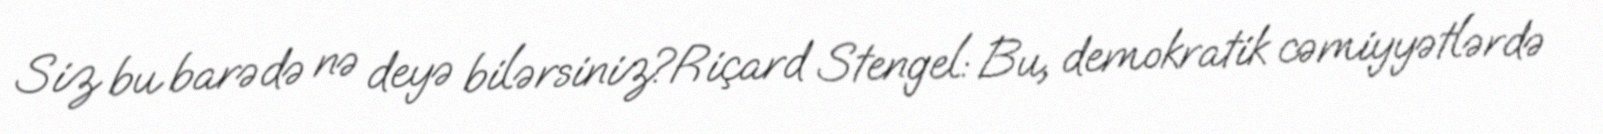
Siz bu barədə nə deyə bilərsiniz?Riçard Stengel: Bu, demokratik cəmiyyətlərdə